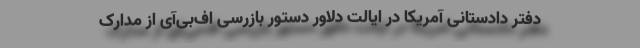
دفتر دادستانی آمریکا در ایالت دلاور دستور بازرسی اف‌بی‌آی از مدارک